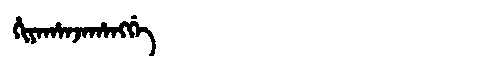
Manchu: ᡥᡳᠶᠠᡥᠠᠨᠵᠠᡥᠠᠩᡤᡝ
Romanization: HIYAHANJAHANGGE